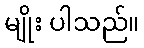
မျိုး ပါသည်။